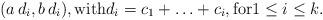
LaTeX: \begin{align*} (a\,d_i,b\,d_i),{\rm with}d_i=c_1+\ldots +c_i,{\rm for}1\leq i\leq k. \end{align*}